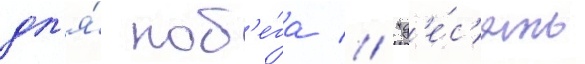
дл'я́ поб'е́га // "д'е́с'ять